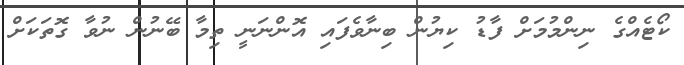
ކޯޓެއްގެ ނިންމުމަށް ފާޑު ކިޔުން ބިނާވެފައި އޮންނަނީ ތިމާ ބޭނުން ނުވާ ގޮތަކަށް